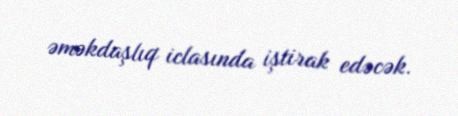
əməkdaşlıq iclasında iştirak edəcək.